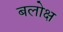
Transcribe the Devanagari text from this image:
बलोक्ष